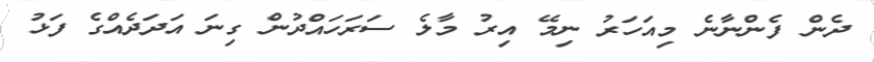
ދެން ފެންނާނެ މިއަހަރު ނިމޭ އިރު މާލެ ސަރަހައްދުން ގިނަ އަދަދެެއްގެ ފަޅު